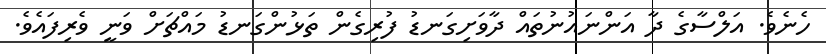
ހެނެވެ. އަލްސާގެ ދާ އަންނައުނުތައް ދާވަށިގަނޑު ފުރިގެން ތަޅުންގަނޑު މައްޗަށް ވަނީ ވެރިފައެވެ.